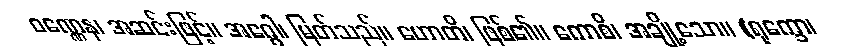
ဝဏ္ဏေန၊ အဆင်းဖြင့်။ အဂ္ဂေါ၊ မြတ်သည်။ ဟောတိ၊ ဖြစ်၏။ ကောစိ၊ အချို့သော။ (ရုက္ခော၊